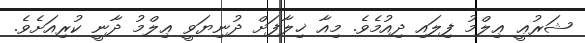
ޝަރުޢީ ޢިލްމު ފިލައި ދިއުމެވެ. މިއާ ޚިލާފަށް ދުނިޔަވީ ޢިލްމު ދާނީ ކުރިއަށެވެ.